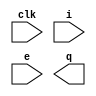
(* top *)
module test20 #(parameter width=130, depth=130) (input clk, input [width-1:0] i, input e, output [width-1:0] q);
generate 
    reg [width-1:0] int [depth-1:0];

    genvar w, d;
    for (d = 0; d < depth; d=d+1) begin
        for (w = 0; w < width; w=w+1) begin
            initial int[d][w] <= ~((d+w) % 2);

            if (d == 0) begin
                always @(negedge clk) if (e) int[d][w] <= i[w];
            end
            else begin
                always @(negedge clk) if (e) int[d][w] <= int[d-1][w];
            end
        end
    end
    assign z = int[depth-1];
endgenerate
endmodule

`ifndef _AUTOTB
module __test ;
    wire [4095:0] assert_area = "cd test20; select t:FD* -assert-count 0";
endmodule
`endif